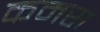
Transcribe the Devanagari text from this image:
कमस